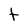
Character: t